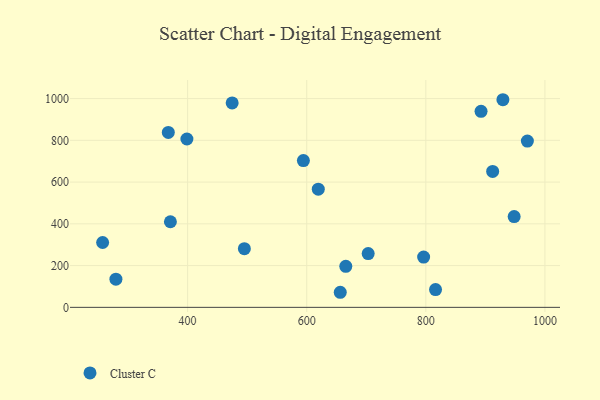
{"axis": {"x": "Distance", "y": "Rating"}, "legend": ["Cluster C"], "data": [{"x": "398.8", "y": 806.3, "type": "Cluster C"}, {"x": "912.2", "y": 651.3, "type": "Cluster C"}, {"x": "929.4", "y": 994.5, "type": "Cluster C"}, {"x": "665.6", "y": 196.5, "type": "Cluster C"}, {"x": "257.3", "y": 310.5, "type": "Cluster C"}, {"x": "656.3", "y": 72.2, "type": "Cluster C"}, {"x": "371.1", "y": 409.9, "type": "Cluster C"}, {"x": "892.7", "y": 939.1, "type": "Cluster C"}, {"x": "495.3", "y": 281.0, "type": "Cluster C"}, {"x": "816.3", "y": 85.2, "type": "Cluster C"}, {"x": "970.5", "y": 796.2, "type": "Cluster C"}, {"x": "594.4", "y": 702.9, "type": "Cluster C"}, {"x": "474.8", "y": 979.0, "type": "Cluster C"}, {"x": "796.3", "y": 240.7, "type": "Cluster C"}, {"x": "367.6", "y": 837.8, "type": "Cluster C"}, {"x": "619.4", "y": 566.2, "type": "Cluster C"}, {"x": "279.6", "y": 134.8, "type": "Cluster C"}, {"x": "703.2", "y": 257.6, "type": "Cluster C"}, {"x": "948.3", "y": 434.6, "type": "Cluster C"}]}